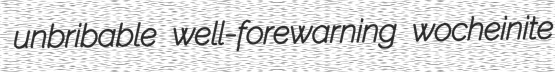
unbribable well-forewarning wocheinite